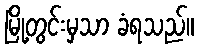
မြို့တွင်းမှသာ ခံရသည်။